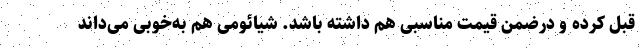
قبل کرده و درضمن قیمت مناسبی هم داشته باشد. شیائومی هم به‌خوبی می‌داند